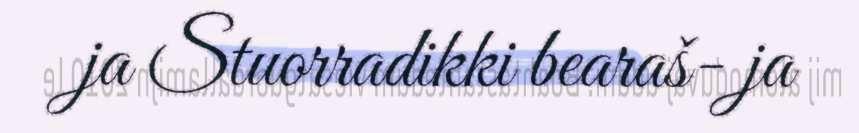
ja Stuorradikki bearaš- ja